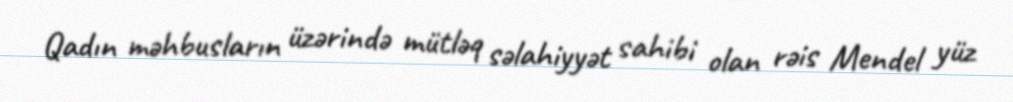
Qadın məhbusların üzərində mütləq səlahiyyət sahibi olan rəis Mendel yüz